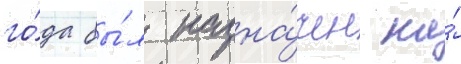
го́да бы́л назна́чен на́